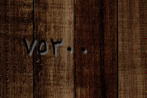
٧٥٣٠٠